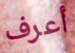
أعرف